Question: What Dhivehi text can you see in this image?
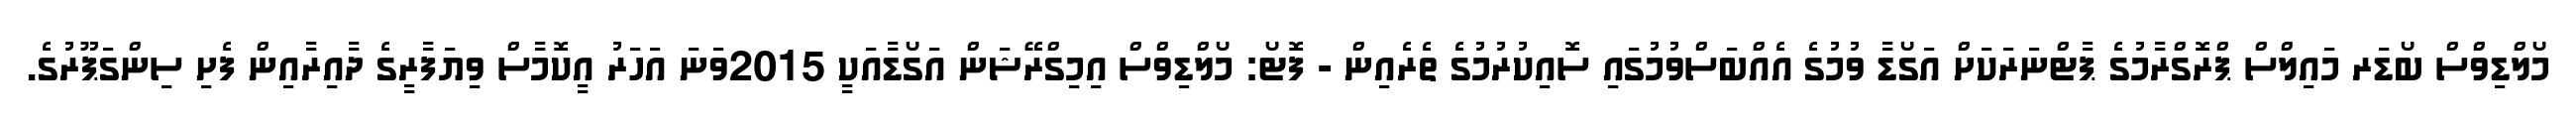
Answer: މޯލްޑިވްސް ބޯޑަރ މައިލްސް ޕްރޮގްރާމުގެ ޕާޓްނަރަކަށް އަގޯޑާ ވުމުގެ އެއްބަސްވުމުގައި ސޮއިކުރުމުގެ ތެރެއިން - ފޮޓޯ: މޯލްޑިވްސް އިމިގްރޭޝަން އަގޯޑާއަކީ 2015ވަނަ އަހަރު އީކޮމާސް ވިޔަފާރީގެ ދާއިރާއިން ފެށި ސިންގަޕޫރުގެ.